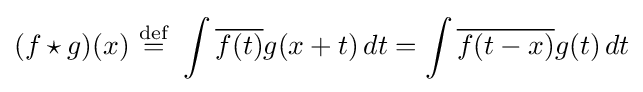
(f\star g)(x)\ {\stackrel {\mathrm {def} }{=}}\ \int {\overline {f(t)}}g(x+t)\,dt=\int {\overline {f(t-x)}}g(t)\,dt